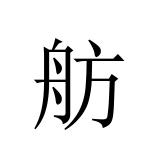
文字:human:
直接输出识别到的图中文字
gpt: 舫